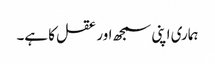
ہماری اپنی سمجھ اور عقل کا ہے۔